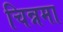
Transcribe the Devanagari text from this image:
चिन्नमा